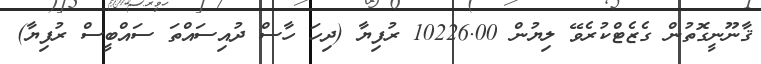
ޤާނޫނީގޮތުން ގެޒެޓްކުރެވޭ ލިޔުން 10226.00 ރުފިޔާ (ދިހަ ހާސް ދުއިސައްތަ ސައްބީސް ރުފިޔާ)